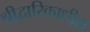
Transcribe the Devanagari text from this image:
श्रीद्वारिकाधीश